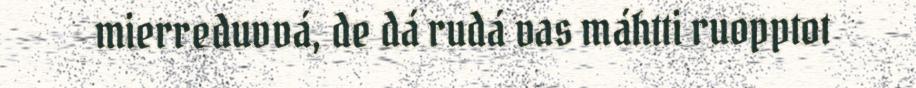
mierreduvvá, de dá rudá vas máhtti ruopptot